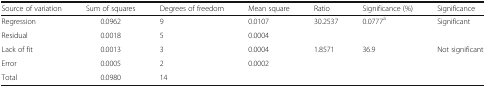
| Source of variation | Sum of squares | Degrees of freedom | Mean square | Ratio | Significance (%) | Significance |
 | --- | --- | --- | --- | --- | --- | --- |
 | Regression | 0.0962 | 9 | 0.0107 | 30.2537 | 0.0777a | Significant |
 | Residual | 0.0018 | 5 | 0.0004 |  |  |  |
 | Lack of fit | 0.0013 | 3 | 0.0004 | 1.8571 | 36.9 | Not significant |
 | Error | 0.0005 | 2 | 0.0002 |  |  |  |
 | Total | 0.0980 | 14 |  |  |  |  |